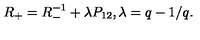
R _ { + } = R _ { - } ^ { - 1 } + \lambda P _ { 1 2 } , \lambda = q - 1 / q .